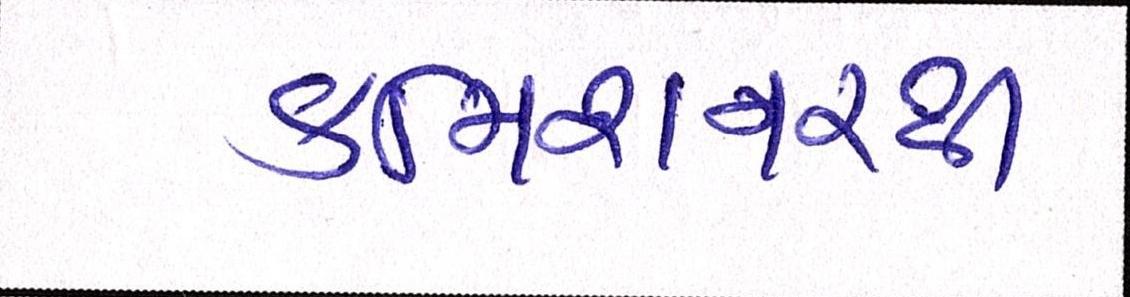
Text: કમિશનરથી